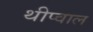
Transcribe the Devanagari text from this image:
थीप्वाल